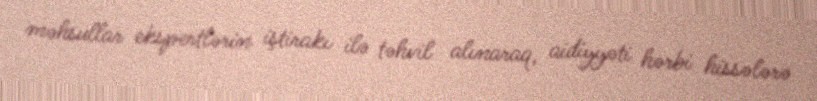
məhsullar ekspertlərin iştirakı ilə təhvil alınaraq, aidiyyəti hərbi hissələrə